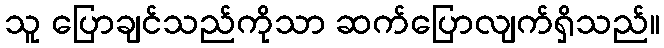
သူ ပြောချင်သည်ကိုသာ ဆက်ပြောလျက်ရှိသည်။